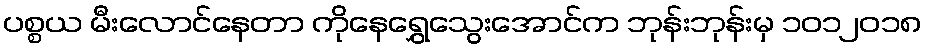
ပစ္စယ မီးလောင်နေတာ ကိုနေရွှေသွေးအောင်က ဘုန်းဘုန်းမှ ၁၀၁၂၀၁၈